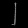
Digit: ၂